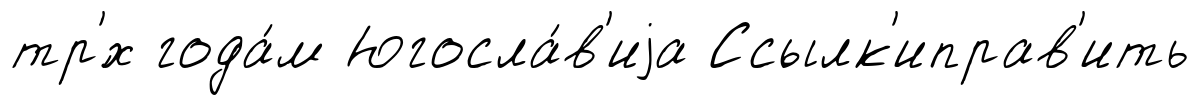
тр'́х года́м Югосла́в'иjа Ссылк'иправ'ить